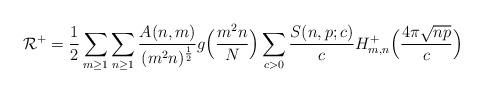
LaTeX: \begin{align*}\mathcal{R^+} = \frac{1}{2} \sum_{m \geq 1} \sum_{n \geq 1} \frac{A(n, m)}{(m^2 n)^{\frac{1}{2}}} g\Bigl( \frac{m^2 n}{N} \Bigr) \sum_{c > 0} \frac{S(n, p; c)}{c} H_{m, n}^+ \Bigl (\frac{4 \pi \sqrt{n p}}{c} \Bigr )\end{align*}